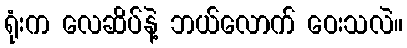
ရုံးက လေဆိပ်နဲ့ ဘယ်လောက် ဝေးသလဲ။